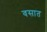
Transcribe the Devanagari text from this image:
वसात